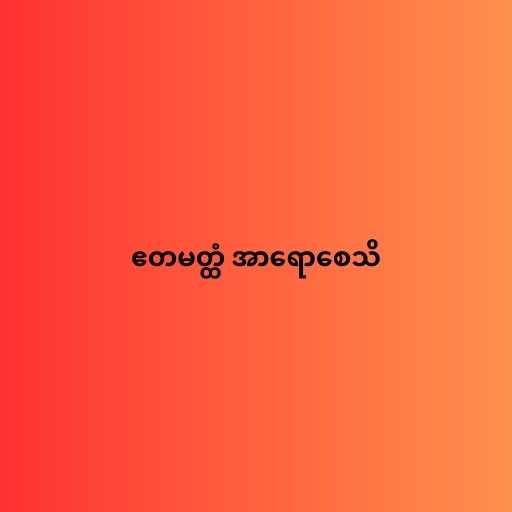
ဧတမတ္ထံ အာရောစေသိ